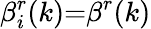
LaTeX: \beta_{i}^{r}(k){=}\beta^{r}(k)